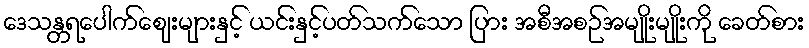
ဒေသန္တရပေါက်ဈေးများနှင့် ယင်းနှင့်ပတ်သက်သော ပြား အစီအစဉ်အမျိုးမျိုးကို ခေတ်စား